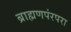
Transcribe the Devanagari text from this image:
ब्राह्मणपंरपरा